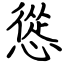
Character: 慫